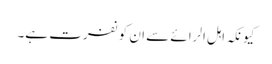
کیونکہ اہل الرائے سے ان کو نفرت ہے۔